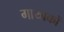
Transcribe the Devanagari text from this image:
गायाकों